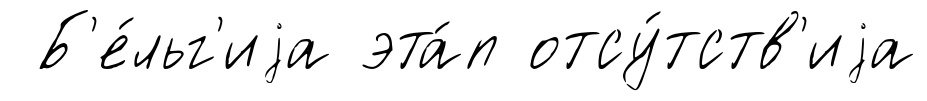
Б'е́льг'иjа эта́п отсу́тств'иjа